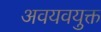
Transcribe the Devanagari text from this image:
अवयवयुक्त